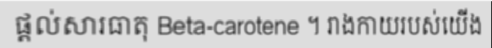
ផ្តល់សារធាតុ Beta-carotene ។ រាងកាយរបស់យើង